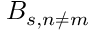
B _ { s , n \not = m }